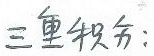
三重积分: